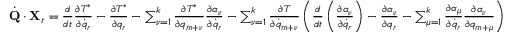
\begin{array} { l } { { \dot { \bf Q } } \cdot { \bf X } _ { r } = \frac { d } { d t } \frac { \partial T ^ { * } } { \partial { \dot { q } } _ { r } } - \frac { \partial T ^ { * } } { \partial q _ { r } } - \sum _ { \nu = 1 } ^ { k } \frac { \partial T ^ { * } } { \partial q _ { m + \nu } } \frac { \partial \alpha _ { \nu } } { \partial { \dot { q } _ { r } } } - \sum _ { \nu = 1 } ^ { k } \frac { \partial T } { \partial { \dot { q } } _ { m + \nu } } \left( \frac { d } { d t } \left( \frac { \partial \alpha _ { \nu } } { \partial { \dot { q } } _ { r } } \right) - \frac { \partial \alpha _ { \nu } } { \partial q _ { r } } - \sum _ { \mu = 1 } ^ { k } \frac { \partial \alpha _ { \mu } } { \partial { \dot { q } } _ { r } } \frac { \partial \alpha _ { \nu } } { \partial q _ { m + \mu } } \right) } \end{array}